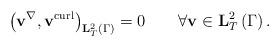
LaTeX: \begin{align*}\left( \mathbf{v}^{\nabla},\mathbf{v}^{\operatorname*{curl}}\right)_{\mathbf{L}^{2}_{T}\left( \Gamma\right) }=0\qquad\forall\mathbf{v}\in\mathbf{L}_{T}^{2}\left( \Gamma\right) . \end{align*}